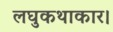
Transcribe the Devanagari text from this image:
लघुकथाकार।